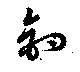
釣